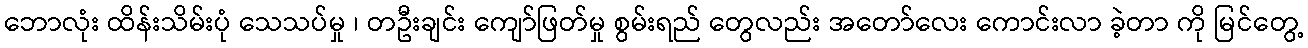
ဘောလုံး ထိန်းသိမ်းပုံ သေသပ်မှု ၊ တဦးချင်း ကျော်ဖြတ်မှု စွမ်းရည် တွေလည်း အတော်လေး ကောင်းလာ ခဲ့တာ ကို မြင်တွေ့